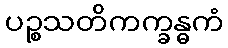
ပဉ္စသတိကက္ခန္ဓကံ